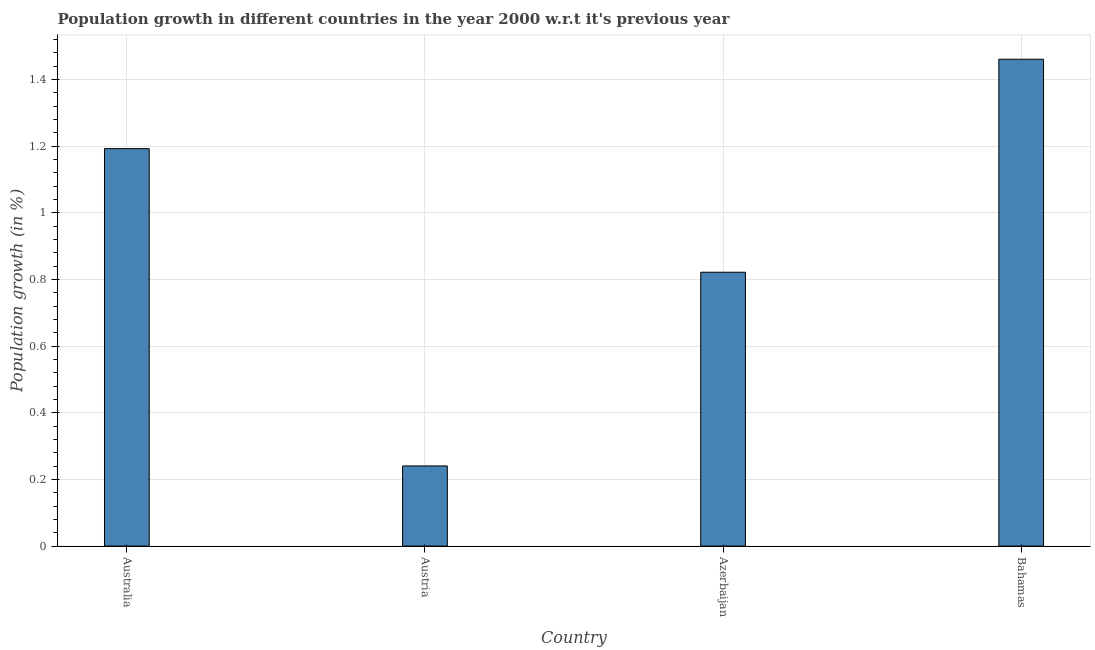
| Country | Population growth |
 | --- | --- |
 | Australia | 1.19 |
 | Austria | 0.24 |
 | Azerbaijan | 0.822 |
 | Bahamas | 1.46 |